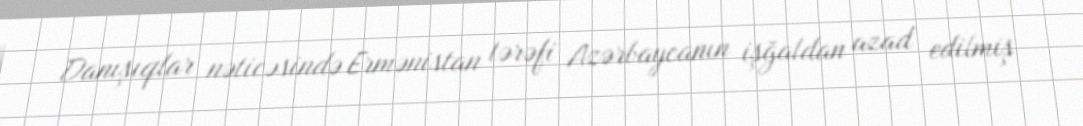
Danışıqlar nəticəsində Ermənistan tərəfi Azərbaycanın işğaldan azad edilmiş